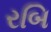
રબિ